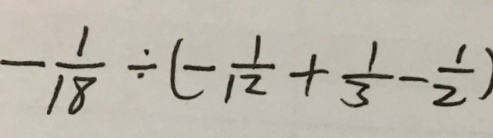
- \frac { 1 } { 1 8 } \div ( - \frac { 1 } { 1 2 } + \frac { 1 } { 3 } - \frac { 1 } { 2 } )